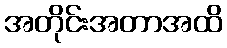
အတိုင်းအတာအထိ